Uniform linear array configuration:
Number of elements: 24
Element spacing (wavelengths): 0.5
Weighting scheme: hamming
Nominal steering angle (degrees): -45
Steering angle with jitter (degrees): -44.134
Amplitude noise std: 0.05
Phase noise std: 0.05

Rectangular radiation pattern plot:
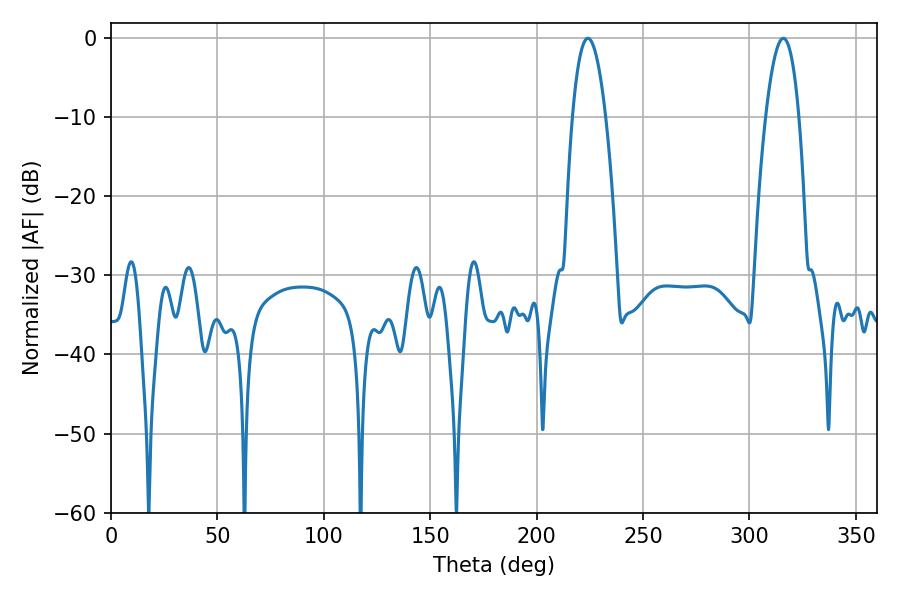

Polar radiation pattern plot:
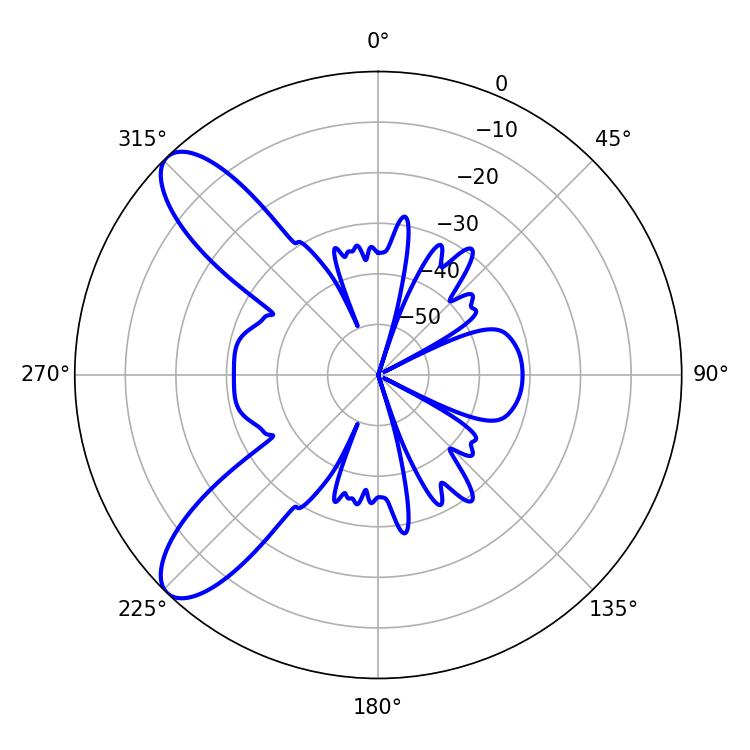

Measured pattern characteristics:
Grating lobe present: FALSE
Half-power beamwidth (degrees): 8.64
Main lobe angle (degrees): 224.1